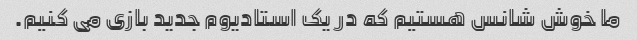
ما خوش شانس هستیم که در یک استادیوم جدید بازی می کنیم.